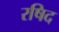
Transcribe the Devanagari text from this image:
रषिद